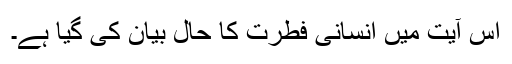
اس آیت میں انسانی فطرت کا حال بیان کی گیا ہے۔